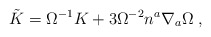
\begin{align*}\tilde{K}=\Omega^{-1}K+3\Omega^{-2}n^{a}\nabla_{a}\Omega \; ,\end{align*}